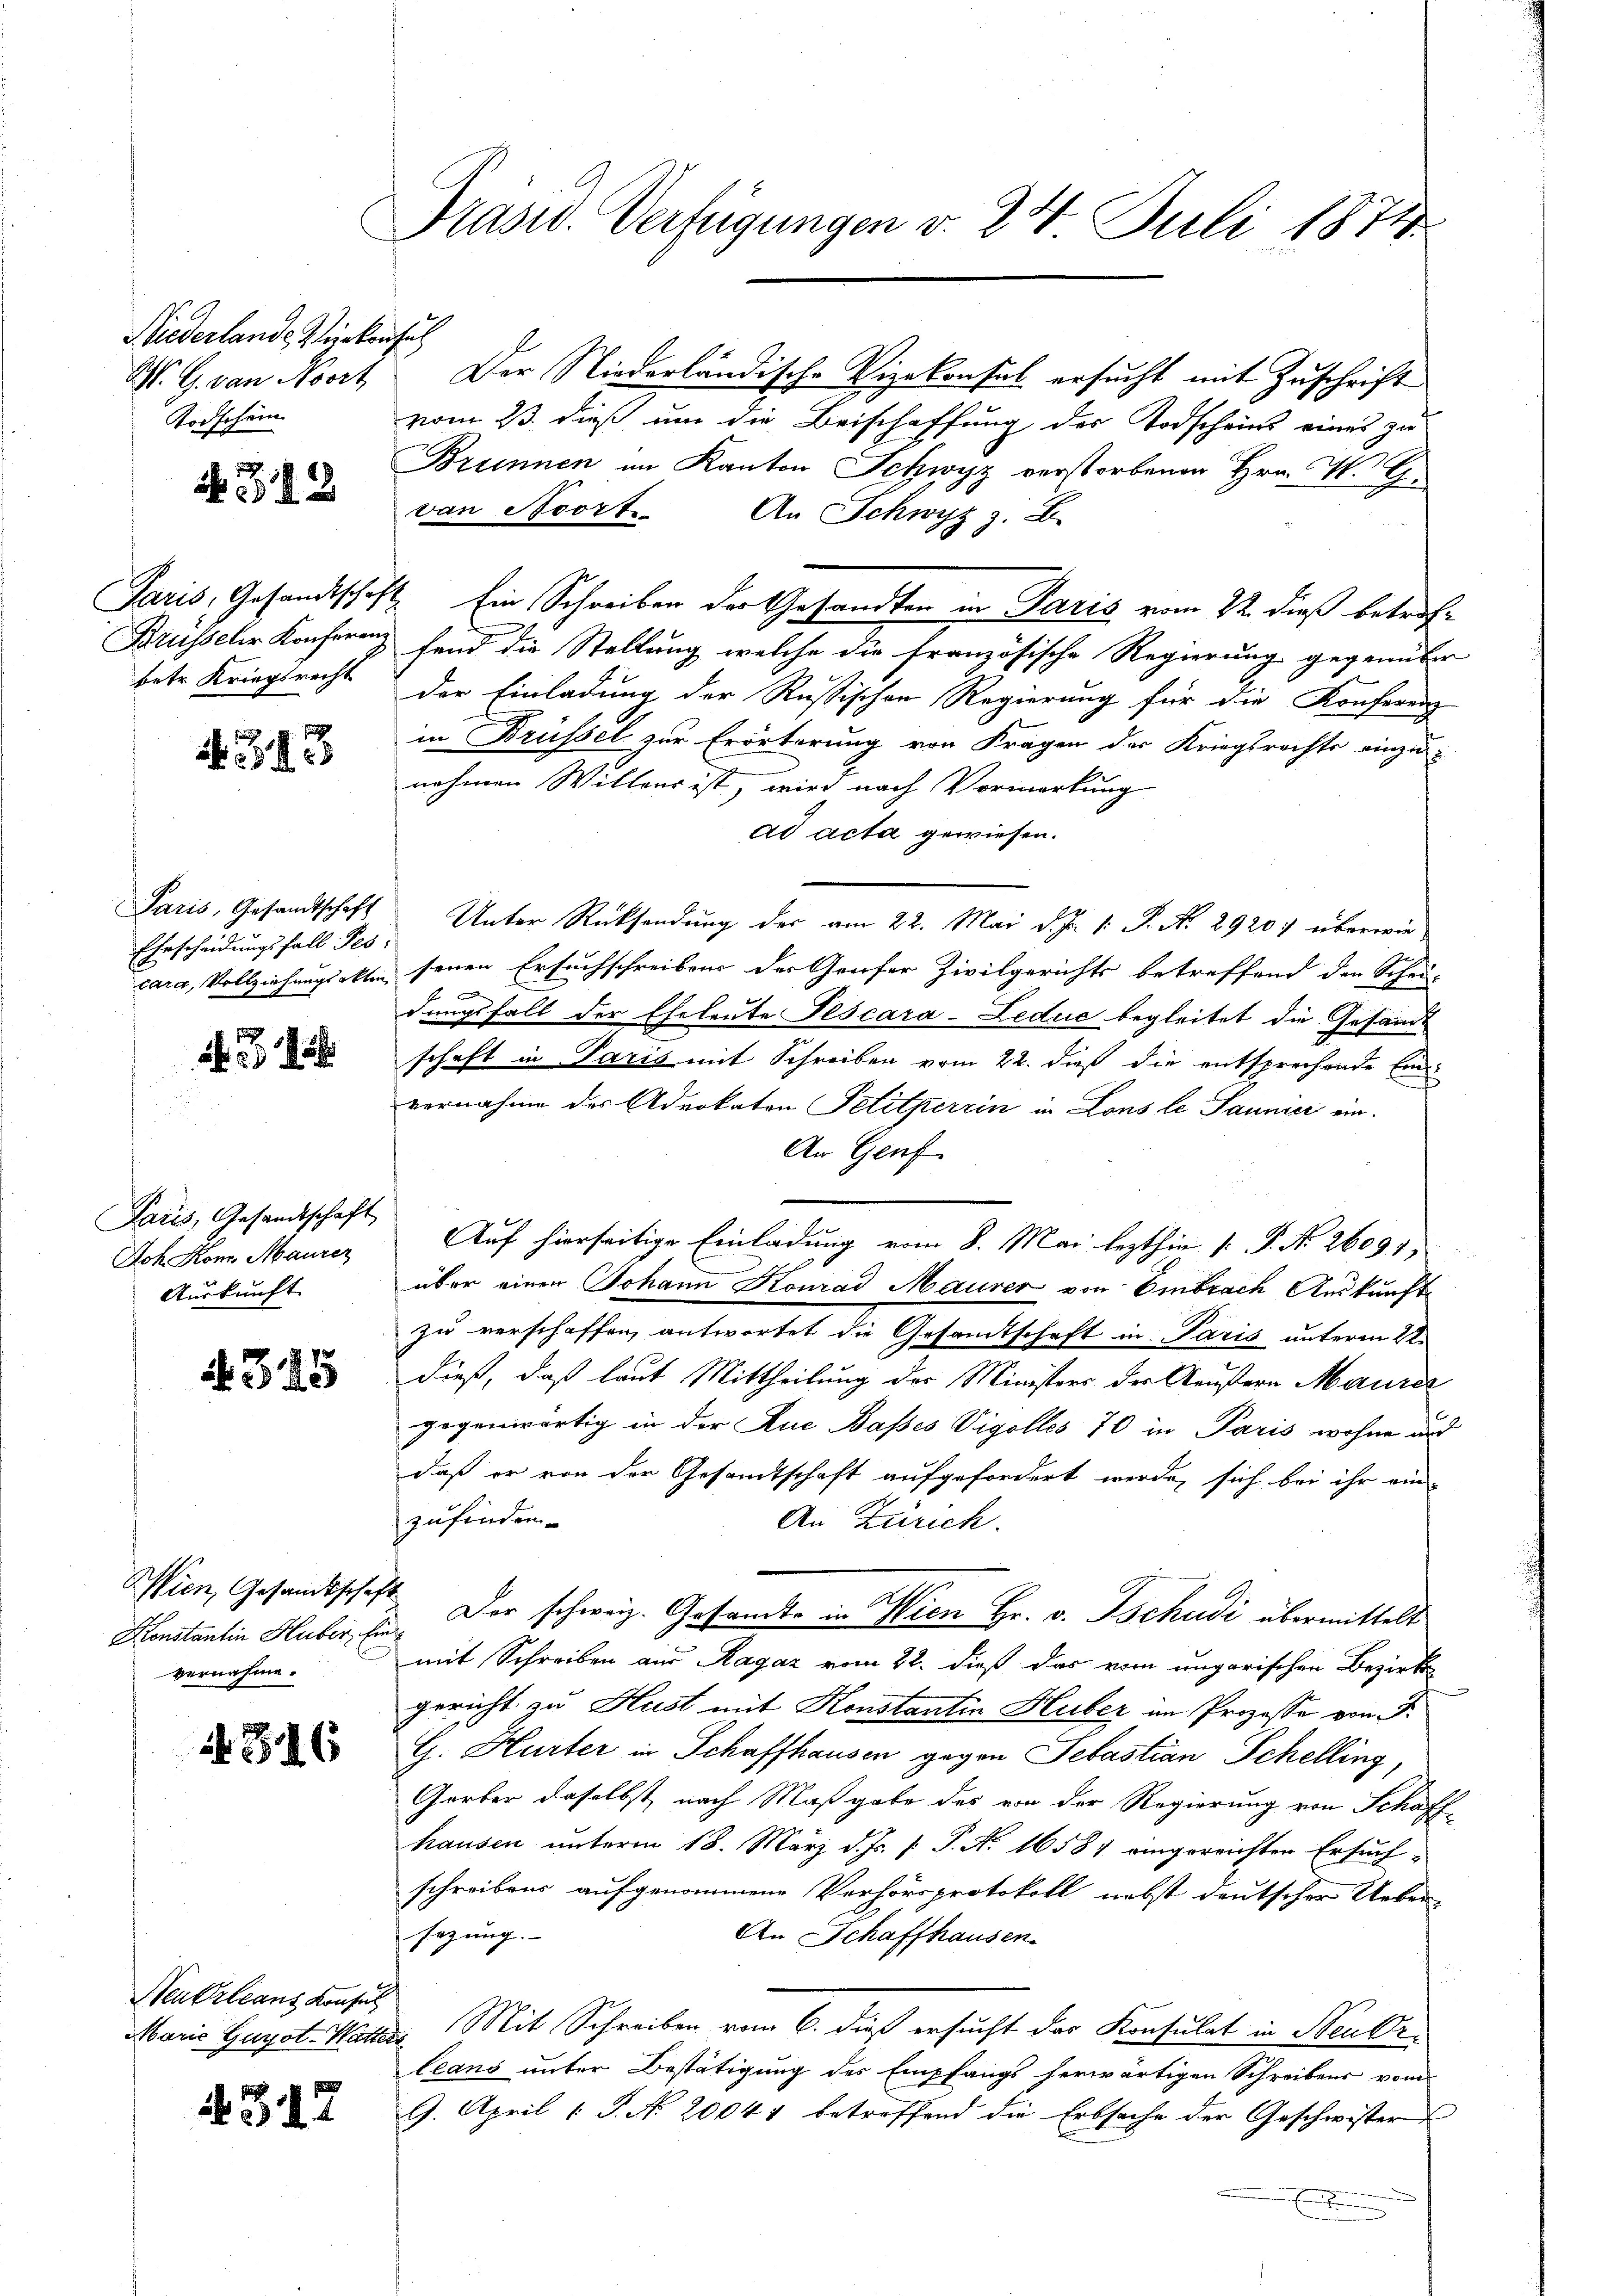
Wiederlande Rückensatz
M. G. von Noort
Todschein

12

Paris, Gesandtschaft
Brüsseler Konferenz
betr. Kriegsrecht

13

Paris, Gesandtschaft
Ehrscheidungsfall Pes:
larg, Vollziehungsakten

f

Paris, Gesandtschaft
Joh. Kon Maurer
Auskunft

345

Wien, Gesandtschaf
Henstantin Huber, Er
vernahme.

4316

Neu Orleans Konsul
Marie Gayot-Wattera

4317

Prasid. Verfügungen v. 24 Juli 1874

Der Niederländische Vizekonsul ersucht mit Zuschrift
vom 23. dieß um die Beischaffung des Todscheins eines zu
Brunnen im Kanton Schwyz verstorbenen Hrn. W. G.
van Moort. An Schwyz z. B.
Ein Schreiben der Gesandten in Paris vom 22. dieß betrof-
fend die Stellung welche die französische Regierung gegenüber
der Einladung der Russischen Regierung für die Konferenz
in Brüssel zur Erörterung von Fragen der Kriegsrechte einzu-
nehmen Willeur ist, wird nach Vormerkung
ad acta gewiesen.
Unter Rücksendung der am 22. Mai d. J. 1: P. N. 2920 überwie
senen Ersuchschreiben der Genfer Zivilgerichts betreffend den Schei- |
f
dungsfall der Eheleute Pescara-Leduc begleitet die Gesandt
schaft in Paris mit Schreiben vom 22. dieß die entsprechende Einvernahme des Advokaten Petitherrin in Lons le Jaunier ein¬
An Genf
Auf hierseitige Einladung vom 8. Mai lezthin [ P. Nr. 26091,
über einen Johann Konrad Maurer von Embrach Auskunft
zu verschaffen, antwortet die Gesamtschaft in Paris unterm 22.
dieß, daß laut Mittheilung der Ministers der Aeußern Maure
gegenwärtig in der Ruc Basses Vigolles 70 in Paris wohne und
daß er von der Gesandtschaft aufgefordert werde, sich bei ihr ein-
zufinden.
An Zürich.
Der schweiz. Gesamts in Wien Hr. v. Tschudi übermittelt
mit Schreiben aus Ragaz vom 22. dieß das vom ungarischen Bezirks-
gericht zu Hust mit Konstantin Huber an Prozesse von F.
G. Hurter in Schaffhausen gegen Sebastian Schelling
Gerber daselbst, nach Maßgabe des von der Regierung von Schaffhausen unterm 18. März d. Js. [: P. Nr. 16581 eingereichten Ersuch-
schreibens aufgenommene Verhörsprotokoll nebst deutscher Ueber-
sezung. |
An Schaffhausen
Mit Schreiben vom 6. dieß ersucht das Konsulat in Neuerleans unter Bestätigung des Empfangs herwärtigen Schreibens vom
9. April 1 S. No. 20047 betreffend die Erbsache der Geschwister
.